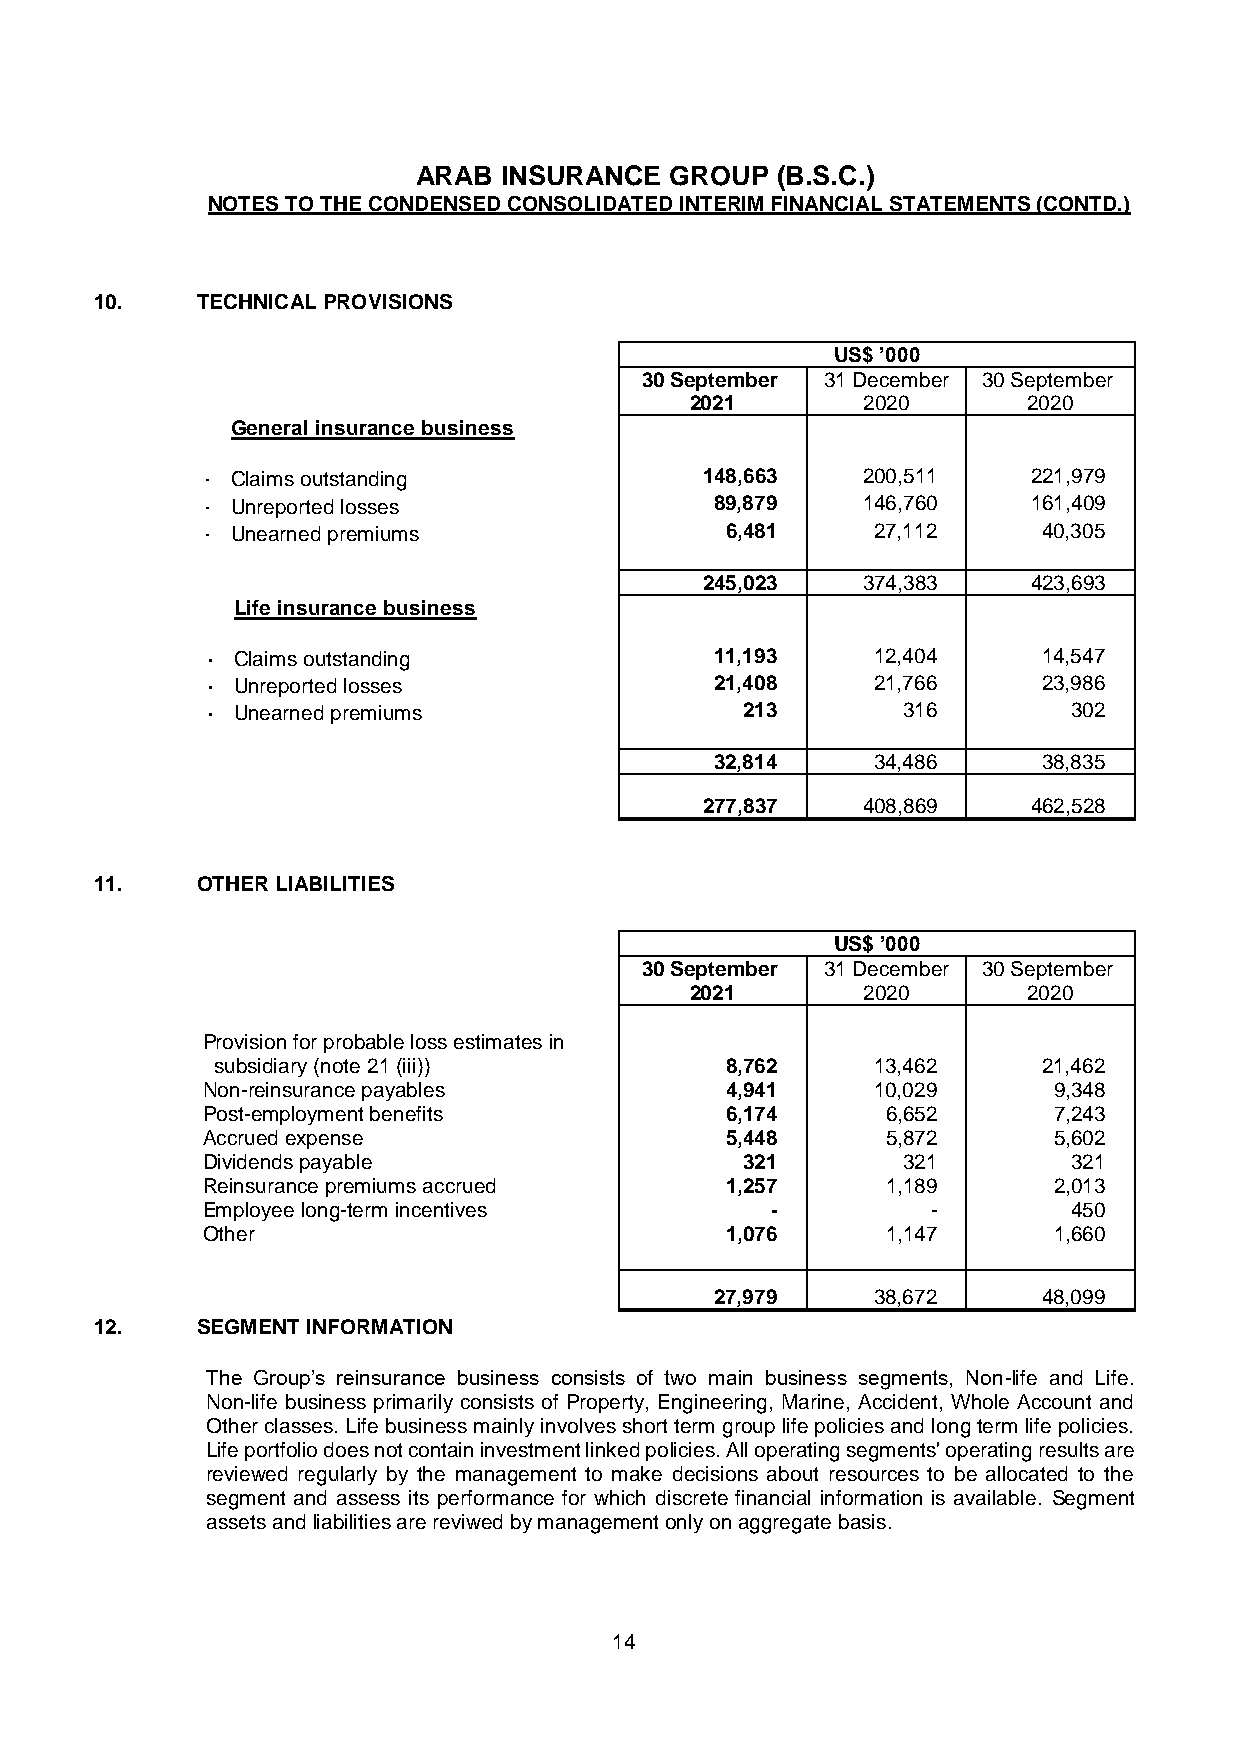
ARAB INSURANCE  GROUP  (B.S.C.)
 NOTES TO THE CONDENSED CONSOLIDATED INTERIM FINANCIAL STATEMENTS (CONTD.)
 10.    TECHNICAL PROVISIONS
 US$ ’000
 30 September 31 December 30 September
 2021       2020       2020
 General insurance business
 - Claims outstanding              148,663   200,511    221,979
 - Unreported losses               89,879    146,760    161,409
 - Unearned premiums                6,481     27,112     40,305
 245,023   374,383    423,693
 Life insurance business
 - Claims outstanding             11,193     12,404     14,547
 - Unreported losses              21,408     21,766     23,986
 - Unearned premiums                213        316        302
 32,814     34,486     38,835
 277,837   408,869    462,528
 11.    OTHER LIABILITIES
 US$ ’000
 30 September 31 December 30 September
 2021       2020       2020
 Provision for probable loss estimates in
 subsidiary (note 21 (iii))        8,762     13,462     21,462
 Non-reinsurance payables           4,941     10,029      9,348
 Post-employment benefits           6,174      6,652      7,243
 Accrued expense                    5,448      5,872      5,602
 Dividends payable                   321        321        321
 Reinsurance premiums accrued       1,257      1,189      2,013
 Employee long-term incentives         -          -        450
 Other                              1,076      1,147      1,660
 27,979     38,672     48,099
 12.    SEGMENT INFORMATION
 The Group’s reinsurance business consists of two main business segments, Non-life and Life.
 Non-life business primarily consists of Property, Engineering, Marine, Accident, Whole Account and
 Other classes. Life business mainly involves short term group life policies and long term life policies.
 Life portfolio does not contain investment linked policies. All operating segments' operating results are
 reviewed regularly by the management to make decisions about resources to be allocated to the
 segment and assess its performance for which discrete financial information is available. Segment
 assets and liabilities are reviwed by management only on aggregate basis.
 14